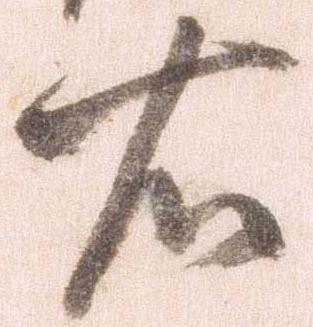
右